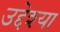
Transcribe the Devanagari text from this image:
उद्देश्या